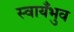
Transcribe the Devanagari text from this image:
स्वायँभुव